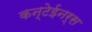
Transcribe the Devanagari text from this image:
कन्टेईनर्स